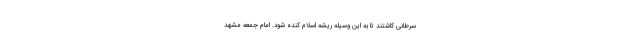
سرطانی کاشتند تا به این وسیله ریشه اسلام کنده شود. امام‌ جمعه مشهد